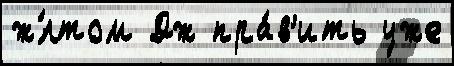
ж́лтом Дж пра́в'ить уже